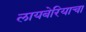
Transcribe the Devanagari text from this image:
लायबेरियाचा